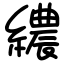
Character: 繷